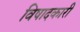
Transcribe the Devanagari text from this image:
विषादकारी